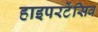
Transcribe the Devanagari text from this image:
हाइपरटेंसिव